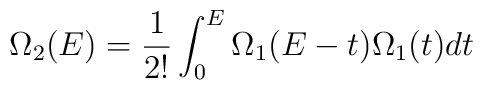
\Omega_2(E)=\frac{1}{2!}\int_{0}^{E}\Omega_1(E-t)\Omega_1(t)dt